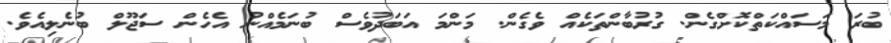
ބުރަ މަސައްކަތްކޮށްގެން. ގުރުބާންތަކެއް ވެގެން. މަންމަ އަބަދުވެސް ބުނަމެއްނު އެހެން ސަޖޫލް ބުނެލިއެވެ.